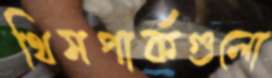
থিমপার্কগুলো